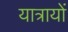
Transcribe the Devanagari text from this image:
यात्रायों